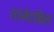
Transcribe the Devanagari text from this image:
स्टामेटाकिस